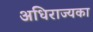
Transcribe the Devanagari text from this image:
अधिराज्यका